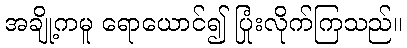
အချို့ကမူ ရောယောင်၍ ပြုံးလိုက်ကြသည်။